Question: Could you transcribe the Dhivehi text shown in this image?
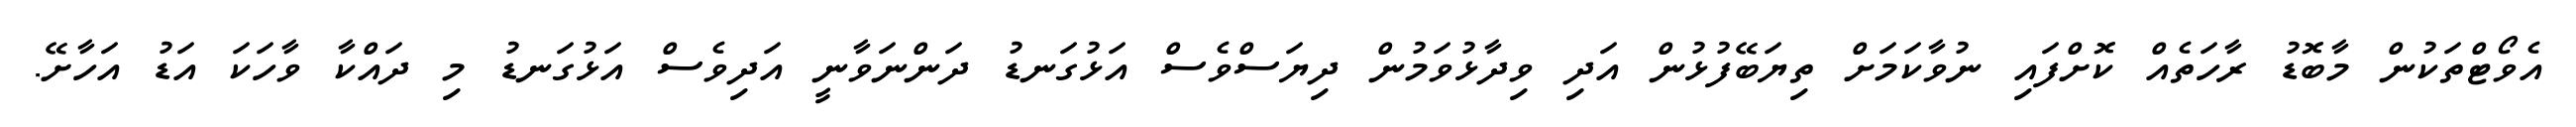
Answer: އެވޯޓްތަކުން މާބޮޑު ރާހަތެއް ކޮށްފައި ނުވާކަމަށް ތިޔަބޭފުޅުން އަދި ވިދާޅުވަމުން ދިޔަސްވެސް އަޅުގަނޑު ދަންނަވާނީ އަދިވެސް އަޅުގަނޑު މި ދައްކާ ވާހަކަ އަޑު އަހާށޭ.